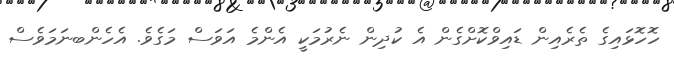
ހޮހޮޅައިގެ ތެރެއިން ޑައިވްކޮށްގެން އެ ކުދިން ނެރުމަކީ އެންމެ އަވަސް މަގެވެ. އެހެންބނަމަވެސް